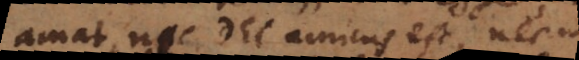
amat, nec Dei amicus est, nec